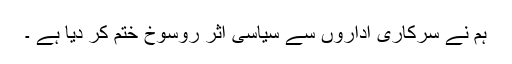
ہم نے سرکاری اداروں سے سیاسی اثر روسوخ ختم کر دیا ہے ۔